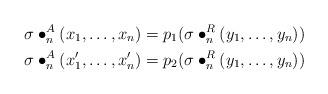
LaTeX: \begin{align*} \sigma\bullet_n^A(x_1,\ldots,x_n) &= p_1(\sigma\bullet_n^R(y_1,\ldots,y_n)) \\ \sigma\bullet_n^A(x'_1,\ldots,x'_n) &= p_2(\sigma\bullet_n^R(y_1,\ldots,y_n)) \end{align*}